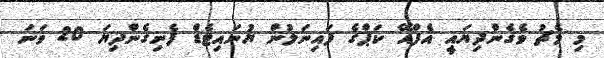
މި މެޗު ވެގެންދިޔައީ އެފްއޭ ކަޕްގެ ފައިނަލުން ޔުނައިޓެޑް ފެނިގެންދިޔަ 20 ވަނަ